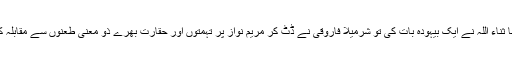
رانا ثناء اللہ نے ایک بیہودہ بات کی تو شرمیلا فاروقی نے ڈٹ کر مریم نواز پر تہمتوں اور حقارت بھرے ذو معنی طعنوں سے مقابلہ کیا۔